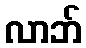
လာဘ်